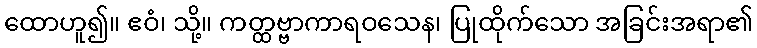
ထောဟူ၍။ ဧဝံ၊ သို့။ ကတ္ထဗ္ဗာကာရဝသေန၊ ပြုထိုက်သော အခြင်းအရာ၏